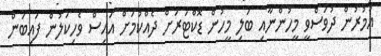
އުމުރުން ދުވަސްވީ މީހުންނާއި ބަލި މީހުން ޑޮކްޓަރަށް ދެއްކުމަށް އައިސް ވެހިކަލުން ފައިބަން